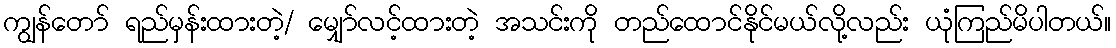
ကျွန်တော် ရည်မှန်းထားတဲ့/ မျှော်လင့်ထားတဲ့ အသင်းကို တည်ထောင်နိုင်မယ်လို့လည်း ယုံကြည်မိပါတယ်။